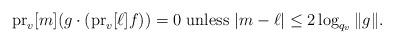
LaTeX: \begin{align*}\operatorname{pr}_v[m](g\cdot(\operatorname{pr}_v[{\ell}]f))=0\mbox{ unless }|m-\ell|\leq 2\log_{q_v}\|g\|.\end{align*}